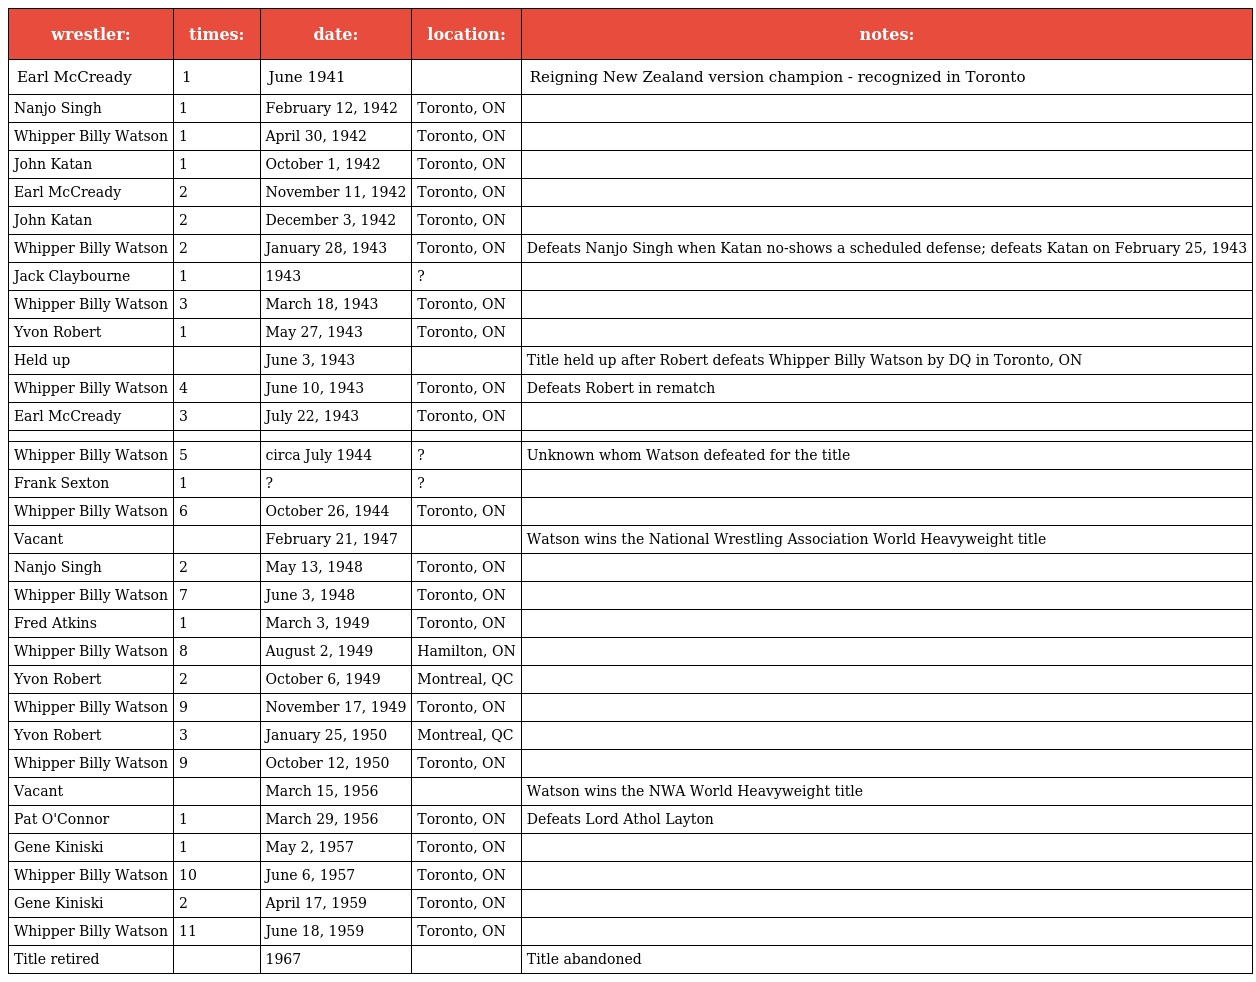
| wrestler: | times: | date: | location: | notes: |
 | --- | --- | --- | --- | --- |
 | Earl McCready | 1 | June 1941 |  | Reigning New Zealand version champion - recognized in Toronto |
 | Nanjo Singh | 1 | February 12, 1942 | Toronto, ON |  |
 | Whipper Billy Watson | 1 | April 30, 1942 | Toronto, ON |  |
 | John Katan | 1 | October 1, 1942 | Toronto, ON |  |
 | Earl McCready | 2 | November 11, 1942 | Toronto, ON |  |
 | John Katan | 2 | December 3, 1942 | Toronto, ON |  |
 | Whipper Billy Watson | 2 | January 28, 1943 | Toronto, ON | Defeats Nanjo Singh when Katan no-shows a scheduled defense; defeats Katan on February 25, 1943 |
 | Jack Claybourne | 1 | 1943 | ? |  |
 | Whipper Billy Watson | 3 | March 18, 1943 | Toronto, ON |  |
 | Yvon Robert | 1 | May 27, 1943 | Toronto, ON |  |
 | Held up |  | June 3, 1943 |  | Title held up after Robert defeats Whipper Billy Watson by DQ in Toronto, ON |
 | Whipper Billy Watson | 4 | June 10, 1943 | Toronto, ON | Defeats Robert in rematch |
 | Earl McCready | 3 | July 22, 1943 | Toronto, ON |  |
 |  |  |  |  |  |
 | Whipper Billy Watson | 5 | circa July 1944 | ? | Unknown whom Watson defeated for the title |
 | Frank Sexton | 1 | ? | ? |  |
 | Whipper Billy Watson | 6 | October 26, 1944 | Toronto, ON |  |
 | Vacant |  | February 21, 1947 |  | Watson wins the National Wrestling Association World Heavyweight title |
 | Nanjo Singh | 2 | May 13, 1948 | Toronto, ON |  |
 | Whipper Billy Watson | 7 | June 3, 1948 | Toronto, ON |  |
 | Fred Atkins | 1 | March 3, 1949 | Toronto, ON |  |
 | Whipper Billy Watson | 8 | August 2, 1949 | Hamilton, ON |  |
 | Yvon Robert | 2 | October 6, 1949 | Montreal, QC |  |
 | Whipper Billy Watson | 9 | November 17, 1949 | Toronto, ON |  |
 | Yvon Robert | 3 | January 25, 1950 | Montreal, QC |  |
 | Whipper Billy Watson | 9 | October 12, 1950 | Toronto, ON |  |
 | Vacant |  | March 15, 1956 |  | Watson wins the NWA World Heavyweight title |
 | Pat O'Connor | 1 | March 29, 1956 | Toronto, ON | Defeats Lord Athol Layton |
 | Gene Kiniski | 1 | May 2, 1957 | Toronto, ON |  |
 | Whipper Billy Watson | 10 | June 6, 1957 | Toronto, ON |  |
 | Gene Kiniski | 2 | April 17, 1959 | Toronto, ON |  |
 | Whipper Billy Watson | 11 | June 18, 1959 | Toronto, ON |  |
 | Title retired |  | 1967 |  | Title abandoned |